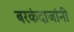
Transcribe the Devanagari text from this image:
बरकंदाजांनी